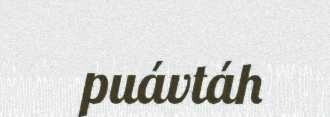
puávtáh